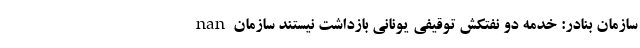
nan سازمان بنادر: خدمه دو نفتکش توقیفی یونانی بازداشت نیستند سازمان